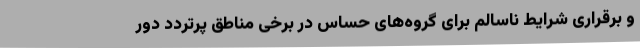
و برقراری شرایط ناسالم برای گروه‌های حساس در برخی مناطق پرتردد دور